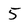
Character: 5